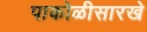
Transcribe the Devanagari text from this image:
पाकोळीसारखे